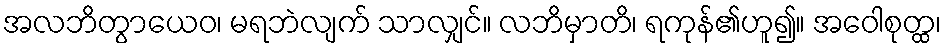
အလဘိတွာယေဝ၊ မရဘဲလျက် သာလျှင်။ လဘိမှာတိ၊ ရကုန်၏ဟူ၍။ အဝေါစုတ္ထ၊